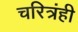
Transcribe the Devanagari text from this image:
चरित्रंही